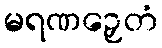
မရဏဉှေတံ